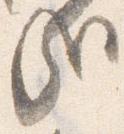
哉